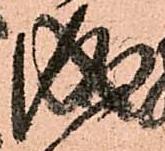
成